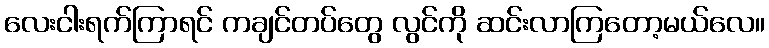
လေးငါးရက်ကြာရင် ကချင်တပ်တွေ လွင်ကို ဆင်းလာကြတော့မယ်လေ။